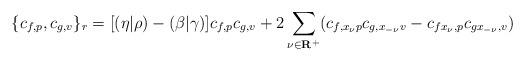
LaTeX: \begin{align*}\{c_{f,p}, c_{g,v}\}_r=[(\eta|\rho)-(\beta|\gamma)]c_{f,p} c_{g,v}+2\sum_{\nu\in\bf R^+} (c_{f,x_\nu p}c_{g,x_{-\nu}v}-c_{fx_\nu,p}c_{gx_{-\nu},v})\end{align*}